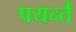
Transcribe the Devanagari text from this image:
पयर्न्तं